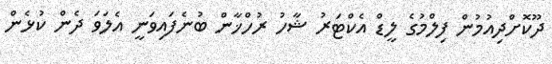
ދޫކޮށްދިއުމުން ފިލްމުގެ ލީޑް އެކްޓަރު ޝާހު ރުހްޚާން ބުނެފައިވަނީ އެލަވަ ދެން ކުޅެން